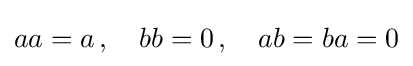
\textstyle aa=a\,,\quad bb=0\,,\quad ab=ba=0